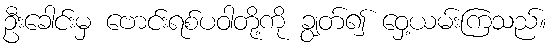
ဦးခေါင်းမှ ဗောင်းရစ်ပဝါတို့ကို ချွတ်၍ ဝှေ့ယမ်းကြသည်။